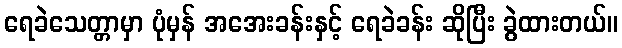
ရေခဲသေတ္တာမှာ ပုံမှန် အအေးခန်းနှင့် ရေခဲခန်း ဆိုပြီး ခွဲထားတယ်။